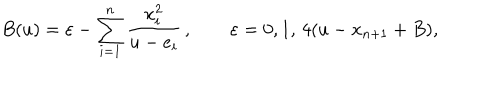
LaTeX: B ( u ) = \varepsilon - \sum _ { i = 1 } ^ { n } { \frac { x _ { i } ^ { 2 } } { u - e _ { i } } } \, , \qquad \varepsilon = 0 , 1 , \, 4 ( u - x _ { n + 1 } + B ) ,